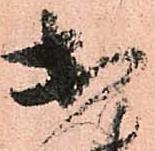
出